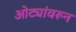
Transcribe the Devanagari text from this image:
ओट्यांवरून